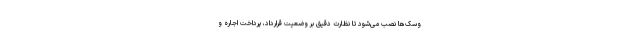
وسک‌ها نصب می‌شود تا نظارت دقیق بر وضعیت قرارداد، پرداخت اجاره و